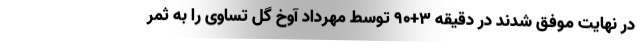
در نهایت موفق شدند در دقیقه ۳+۹۰ توسط مهرداد آوخ گل تساوی را به ثمر